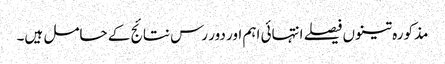
مذکورہ تینوں فیصلے انتہائی اہم اور دور رس نتائج کے حامل ہیں۔